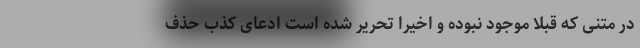
در متنی که قبلاً موجود نبوده و اخیراً تحریر شده است ادعای کذب حذف